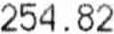
254.82